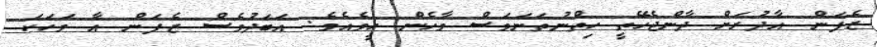
ޒެފަން އާދުރަށް ދާންޖެހޭތީ ހިތްނުތަނަވަސް ވާހެން ހީވެއެވެ. އަބަދުވެސް ޒެފަން އާ ވަހަކަ